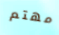
مهتم